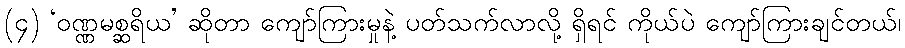
(၄) ‘ဝဏ္ဏမစ္ဆရိယ’ ဆိုတာ ကျော်ကြားမှုနဲ့ ပတ်သက်လာလို့ ရှိရင် ကိုယ်ပဲ ကျော်ကြားချင်တယ်၊